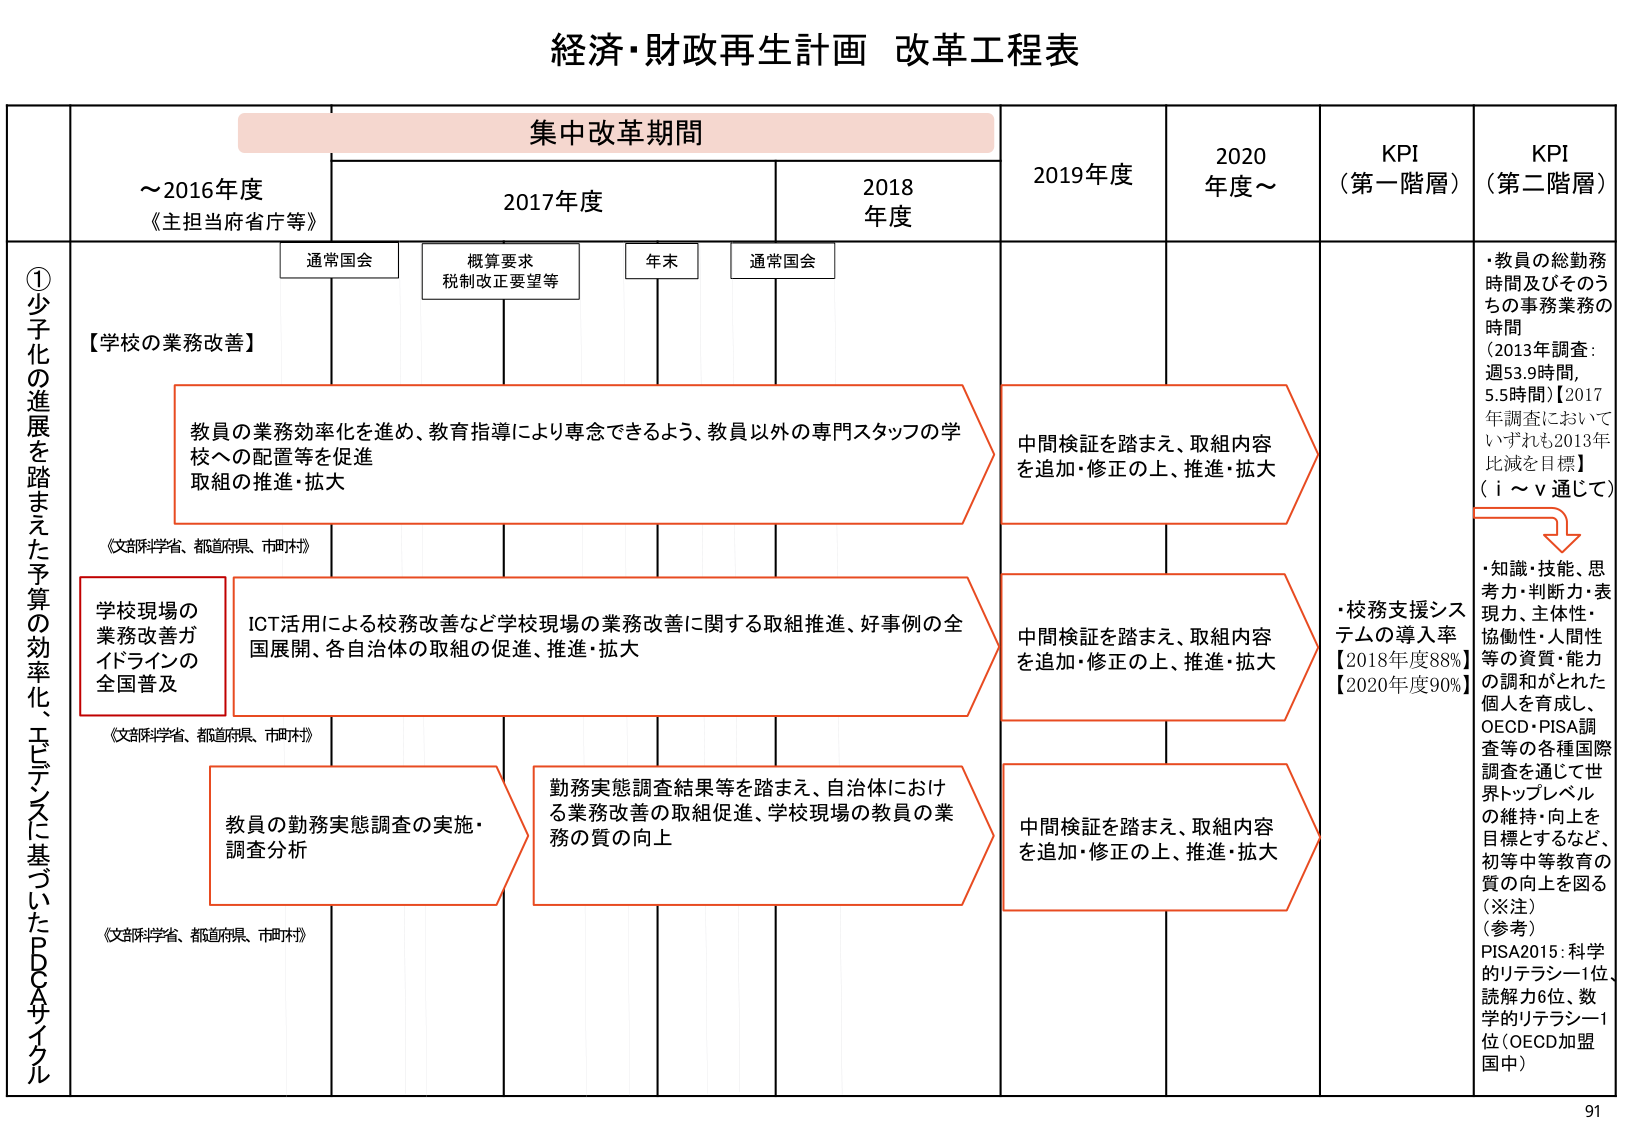
経済・財政再生計画 改革工程表

集中改革期間

～2016年度
《主担当府省庁等》

2017年度

2018年度

2019年度

2020年度～

KPI
（第一階層）

KPI
（第二階層）

通常国会

概算要求
税制改正要望等

年末

通常国会

①少子化の進展を踏まえた予算の効率化、エビデンスに基づいたPDCAサイクル

【学校の業務改善】

教員の業務効率化を進め、教育指導により専念できるよう、教員以外の専門スタッフの学校への配置等を促進
取組の推進・拡大

《文部科学省、都道府県、市町村》

中間検証を踏まえ、取組内容を追加・修正の上、推進・拡大

・教員の総勤務時間及びそのうちの事務業務の時間
（2013年調査：週53.9時間、5.5時間）【2017年調査においていずれも2013年比減を目指す】
（ⅰ～ⅴ通じて）

学校現場の業務改善ガイドラインの全国普及

ICT活用による校務改善など学校現場の業務改善に関する取組推進、好事例の全国展開、各自治体の取組の促進、推進・拡大

《文部科学省、都道府県、市町村》

中間検証を踏まえ、取組内容を追加・修正の上、推進・拡大

・校務支援システムの導入率
【2018年度88%】
【2020年度90%】

教員の勤務実態調査の実施・調査分析

勤務実態調査結果等を踏まえ、自治体における業務改善の取組促進、学校現場の教員の業務の質の向上

《文部科学省、都道府県、市町村》

中間検証を踏まえ、取組内容を追加・修正の上、推進・拡大

・知識・技能、思考力・判断力・表現力、主体性・協働性・人間性等の資質・能力の調和がとれた個人を育成し、OECD・PISA調査等の各種国際調査を通じて世界トップレベルの維持・向上を目標とするなど、初等中等教育の質の向上を図る
（※注）
（参考）
PISA2015：科学的リテラシー1位、読解力6位、数学的リテラシー1位（OECD加盟国中）

91